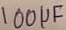
Text: 100µF